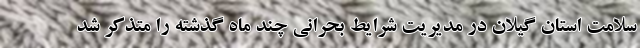
سلامت استان گیلان در مدیریت شرایط بحرانی چند ماه گذشته را متذکر شد